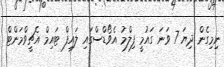
ނިމިގެން ދިޔަ 7 ވަނަ ގައުމީ ފިލްމު އެވޯޑްސްގައި ލައިފް ޓައިމް އެޗީވްމަންޓް